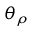
\theta _ { \rho }